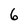
Character: 6